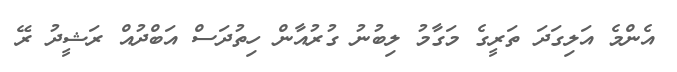
އެންމެ އަލިގަދަ ތަރީގެ މަގާމު ލިބުނު ގުރުއާން ހިތުދަސް އަބްދުއް ރަޝީދު ރޭ